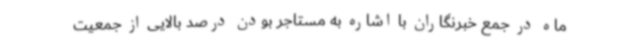
ماه در جمع خبرنگاران با اشاره به مستاجر بودن درصد بالایی از جمعیت